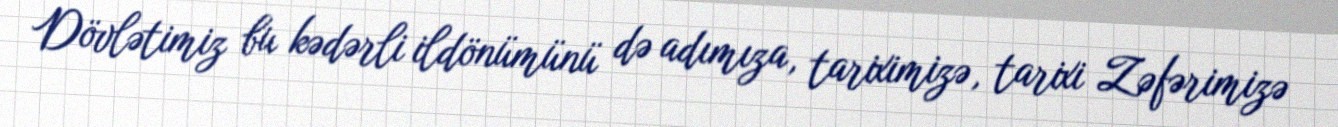
Dövlətimiz bu kədərli ildönümünü də adımıza, tariximizə, tarixi Zəfərimizə